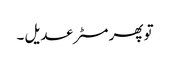
تو پھر مسٹر عدیل ۔